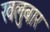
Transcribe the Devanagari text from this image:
खलुबार